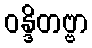
ဝန္ဒိတဗ္ဗာ